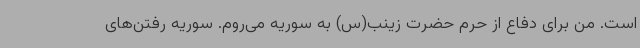
است. من برای دفاع از حرم حضرت زینب(س) به سوریه می‌روم. سوریه رفتن‌های